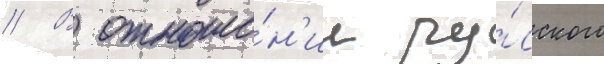
// В отноше́н'ии ру́сского